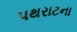
પથરાટના